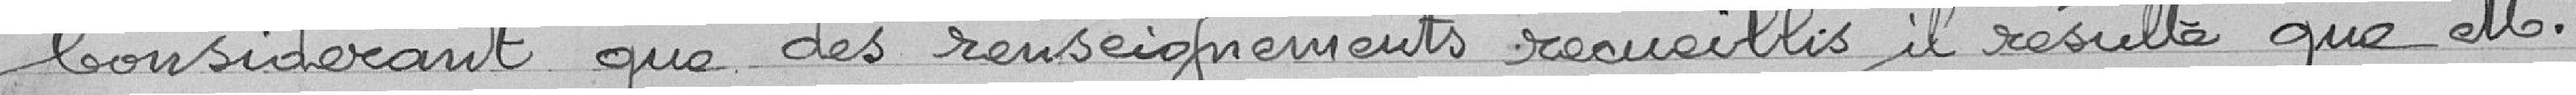
Con,sidérant que des renseignements recueillis, il résulte que Monsieur